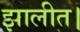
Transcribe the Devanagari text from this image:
झालीत।